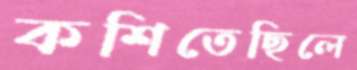
কশিতেছিলে